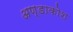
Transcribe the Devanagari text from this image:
अण्डाकोश